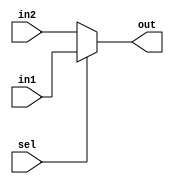
module conv_processor_mux2to1 #(
		parameter DATA_WIDTH= 8
)(
		input wire [DATA_WIDTH-1:0] in1,
		input wire [DATA_WIDTH-1:0] in2,
		input wire  sel,
		output wire [DATA_WIDTH-1:0] out
	   
);

assign out=sel?in1:in2;

endmodule